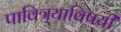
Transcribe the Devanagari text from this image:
पावित्र्याविषयी